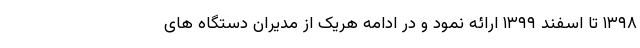
۱۳۹۸ تا اسفند ۱۳۹۹ ارائه نمود و در ادامه هریک از مدیران دستگاه های